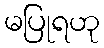
မပြုရဟု